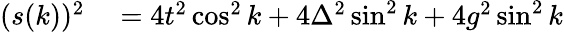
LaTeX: \begin{array}{rl}{(s(k))^{2}}&{{}=4t^{2}\cos^{2}k+4\Delta^{2}\sin^{2}k+4g^{2}\sin^{2}k}\end{array}